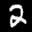
Label: 2